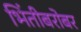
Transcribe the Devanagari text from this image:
भिंतीबरोबर